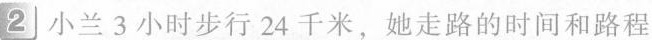
2 小兰3小时步行24千米，她走路的时间和路程